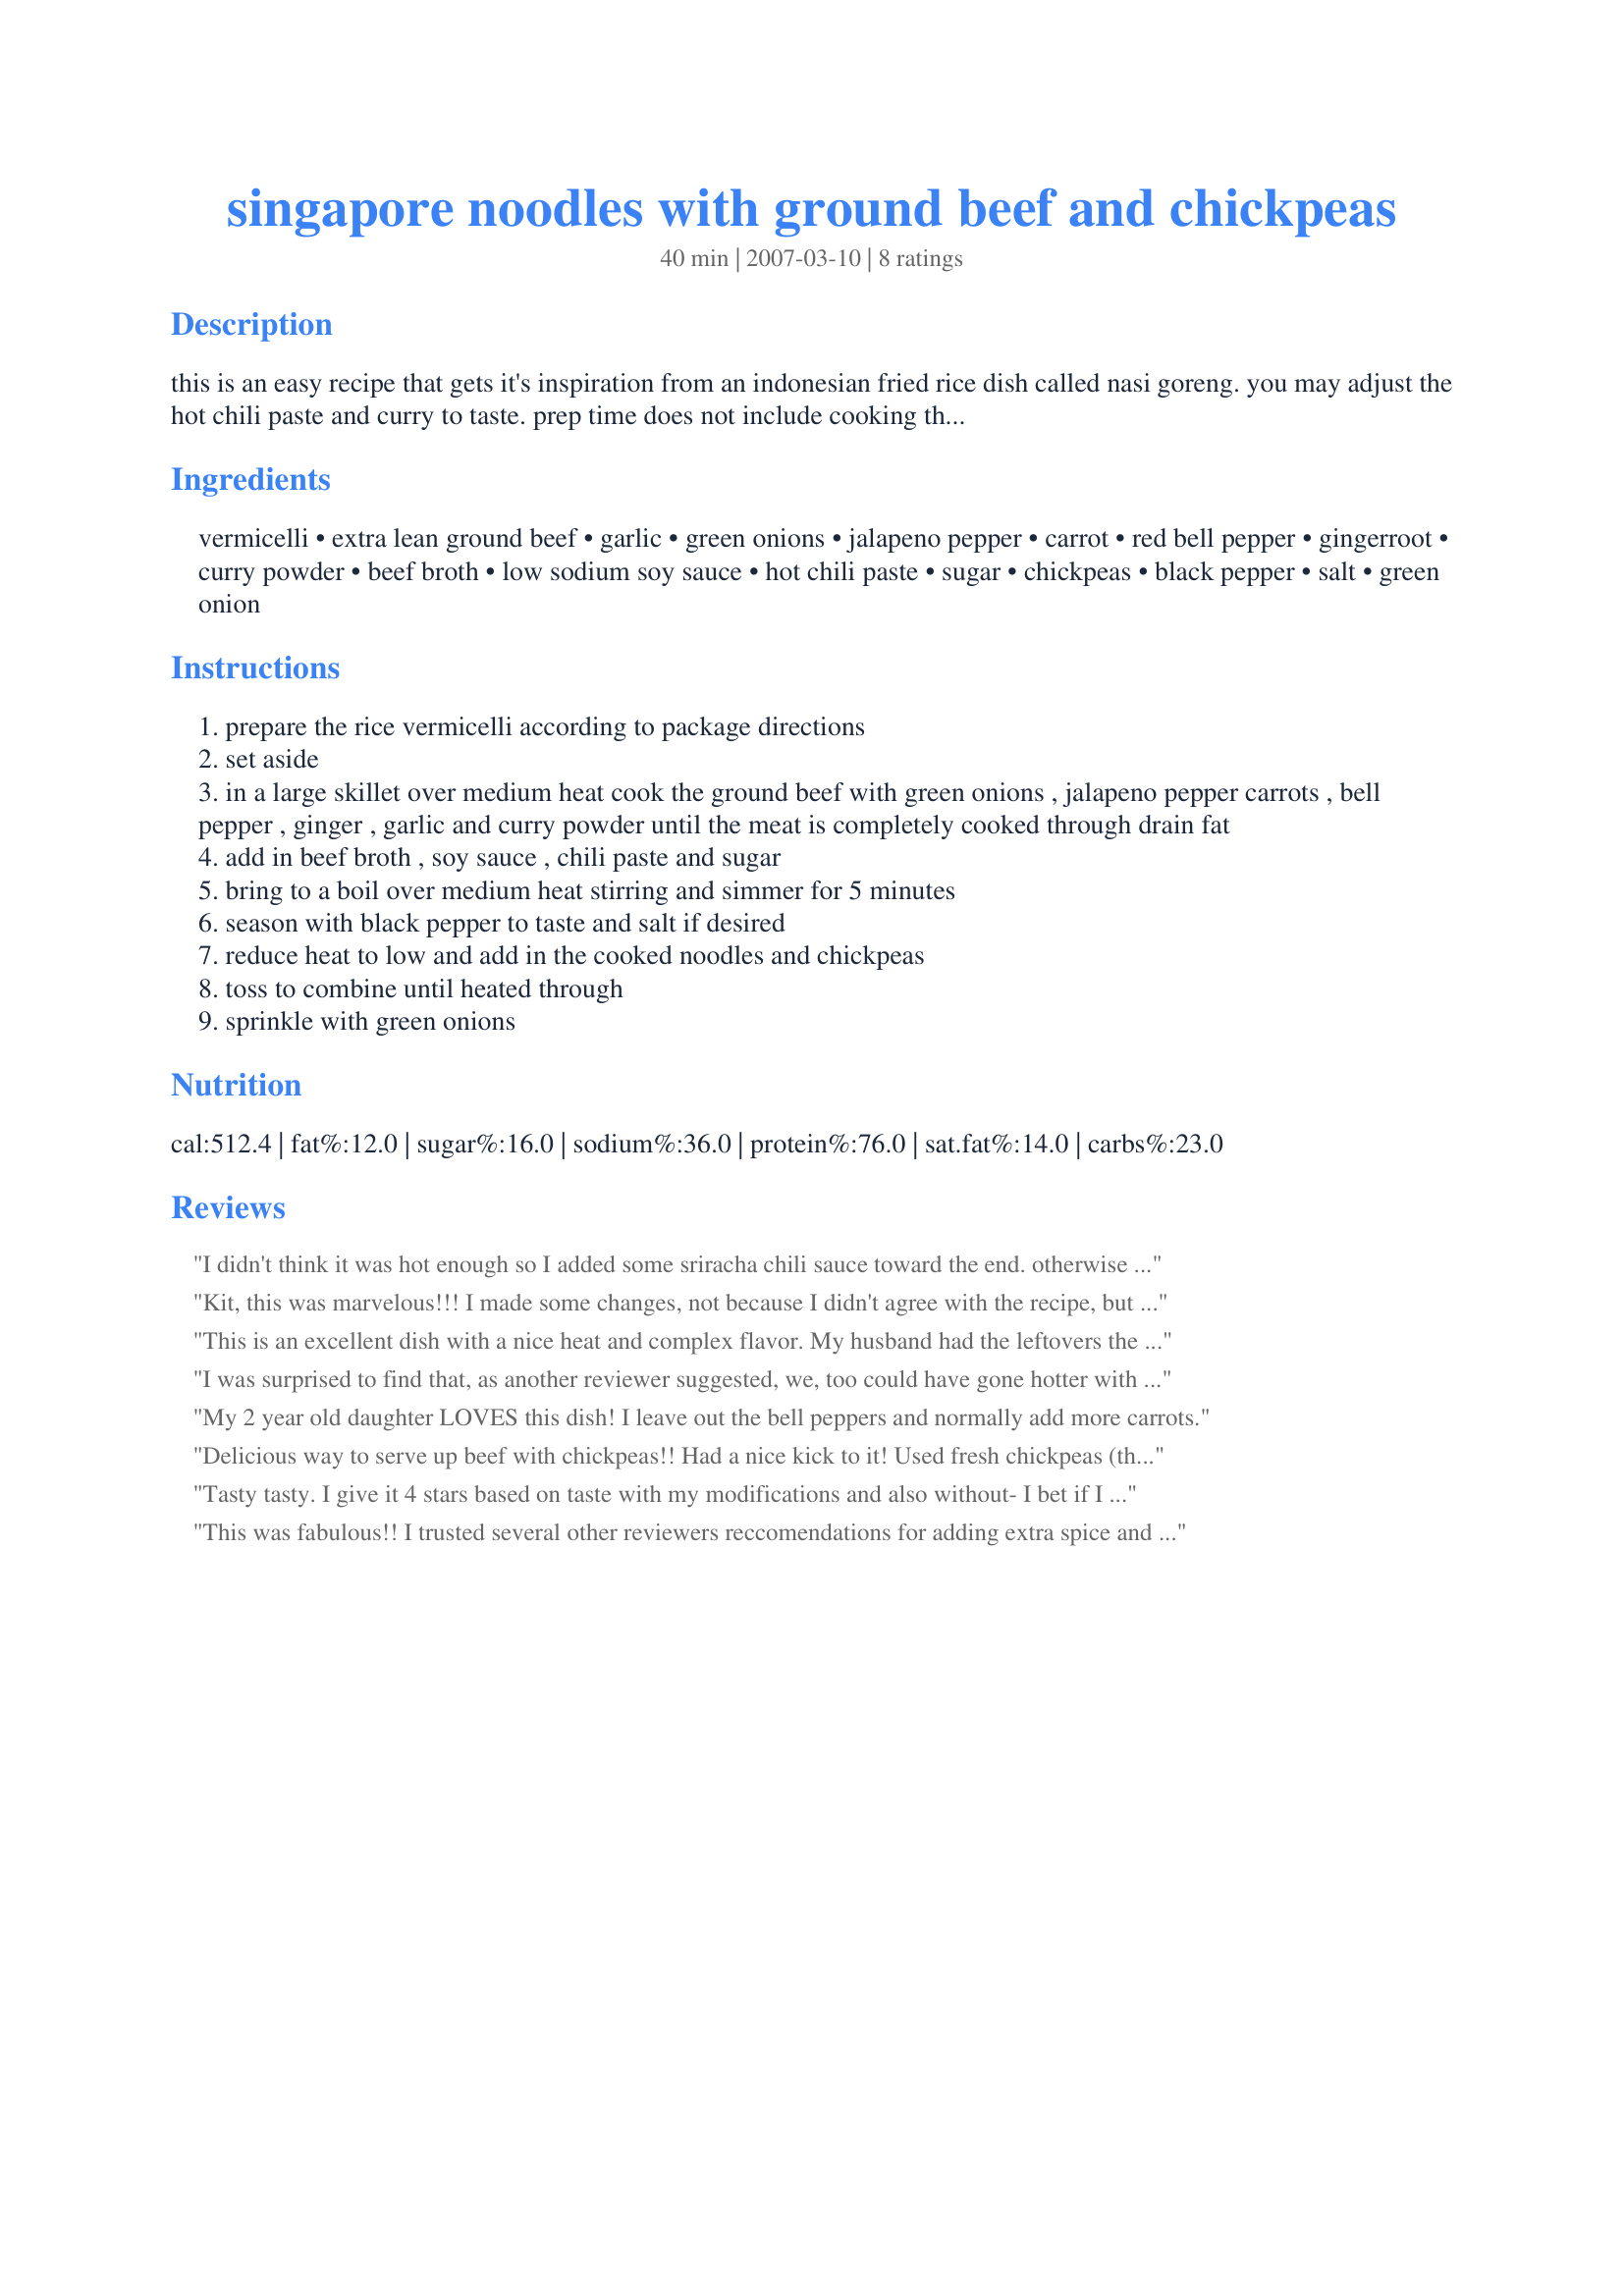
singapore noodles with ground beef and chickpeas
Preparation time: 40 minutes

this is an easy recipe that gets it's inspiration from an indonesian fried rice dish called nasi goreng. you may adjust the hot chili paste and curry to taste. prep time does not include cooking the noodles. this dish is is really good!

Ingredients:
vermicelli, extra lean ground beef, garlic, green onions, jalapeno pepper, carrot, red bell pepper, gingerroot, curry powder, beef broth, low sodium soy sauce, hot chili paste, sugar, chickpeas, black pepper, salt, green onion

Steps:
prepare the rice vermicelli according to package directions
set aside
in a large skillet over medium heat cook the ground beef with green onions , jalapeno pepper carrots , bell pepper , ginger , garlic and curry powder until the meat is completely cooked through drain fat
add in beef broth , soy sauce , chili paste and sugar
bring to a boil over medium heat stirring and simmer for 5 minutes
season with black pepper to taste and salt if desired
reduce heat to low and add in the cooked noodles and chickpeas
toss to combine until heated through
sprinkle with green onions

Reviews:
I didn't think it was hot enough so I added some sriracha chili sauce toward the end. otherwise I really enjoyed the flavor -- it was different from the asian spiciness I'm used to in thai or even chinese food.
Kit, this was marvelous!!! I made some changes, not because I didn't agree with the recipe, but because I didn't want to make a trip to the grocery store. I used 2 pkgs. ramen noddles instead of vermicelli because I had some ramen I wanted to use up. I added some more veggies from a stir-fry frozen veggie mix....broccoli, cauliflower, baby corn, peas, etc, and those were a great addition! I upped the beef broth the 1 cup and added a little cornstarch because I wanted to make this recipe stretch a bit. I also used 1/2 lb of ground turkey instead of 1 lb of beef....trying to save a little money. :)

The flavors and aroma of this are just delightful! Thanks so much for another winner Kittencal!
This is an excellent dish with a nice heat and complex flavor. My husband had the leftovers the next day and said they were great. Thanks for posting!
I was surprised to find that, as another reviewer suggested, we, too could have gone hotter with this recipe. I followed the directions exactly and used the chili sauce. Maybe if I would have used the hot chili paste, it would have given the dish the desired heat. I ended up adding more chili sauce to the finished dish to give it more flavor. While not difficult to make, the prep takes awhile. Overall, we enjoyed it. Thanks for posting.
My 2 year old daughter LOVES this dish! I leave out the bell peppers and normally add more carrots.
Delicious way to serve up beef with chickpeas!! Had a nice kick to it! Used fresh chickpeas (that dear bf cooked for me)and made the rest of the recipe as is. Thanks Kit!
Tasty tasty. I give it 4 stars based on taste with my modifications and also without- I bet if I hadn't modified it would have still been absolutely perfect. I omitted the noodles, and didn't have red bell or carrot. So, I used peas instead. It was way flavorful- really really enjoyed it.
This was fabulous!! I trusted several other reviewers reccomendations for adding extra spice and wished I hadn't though. LoL! I used a HOT curry and a HOT chili sauce - our mouths were burning! But the flavor was wonderful and this has become a favorite in our home. Next time I think I am going to do it with ground turkey or chicken :) Oh... P.S. I used spaghetti broken into small pieces.
